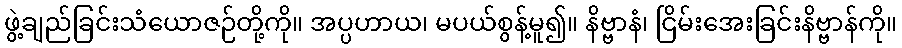
ဖွဲ့ချည်ခြင်းသံယောဇဉ်တို့ကို။ အပ္ပဟာယ၊ မပယ်စွန့်မူ၍။ နိဗ္ဗာနံ၊ ငြိမ်းအေးခြင်းနိဗ္ဗာန်ကို။